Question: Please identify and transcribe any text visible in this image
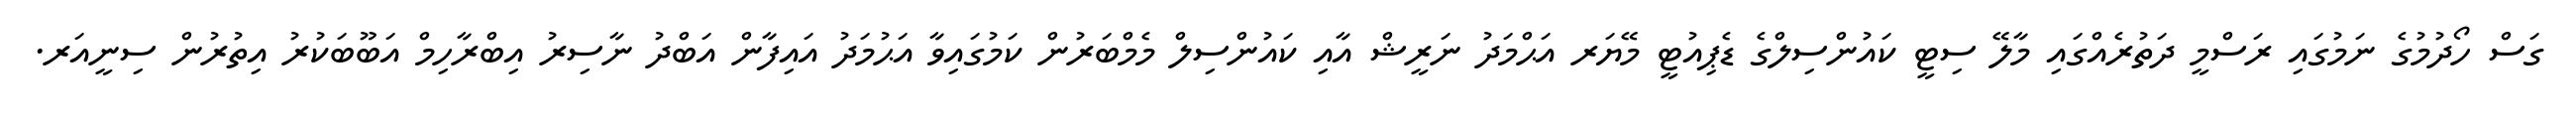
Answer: ގަސް ހޯދުމުގެ ނަމުގައި ރަސްމީ ދަތުރެއްގައި މާލޭ ސިޓީ ކައުންސިލްގެ ޑެޕިއުޓީ މޭޔަރ އަޙްމަދު ނަރީޝް އާއި ކައުންސިލް މެމްބަރުން ކަމުގައިވާ އަޙުމަދު އައިފާން އަބްދު ނާސިރު އިބްރާހިމް އަބޫބަކުރު އިތުރުން ސިނީއަރ.